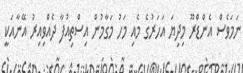
ނަމަވެސް އެންޑްރޫ މިދިޔަ އަހަރުގެ މެއި މަހު މަގާމުން އިސްތިއުފާ ދެއްވިއިރު އޭނާއަކީ